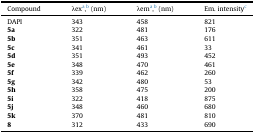
| Compound | λexa,b (nm) | λema,b (nm) | Em. intensityc |
 | --- | --- | --- | --- |
 | DAPI | 343 | 458 | 821 |
 | 5a | 322 | 481 | 176 |
 | 5b | 351 | 463 | 611 |
 | 5c | 341 | 461 | 33 |
 | 5d | 351 | 493 | 452 |
 | 5e | 348 | 470 | 461 |
 | 5f | 339 | 462 | 260 |
 | 5g | 342 | 480 | 53 |
 | 5h | 358 | 475 | 200 |
 | 5i | 322 | 418 | 875 |
 | 5j | 348 | 460 | 680 |
 | 5k | 370 | 481 | 810 |
 | 8 | 312 | 433 | 690 |